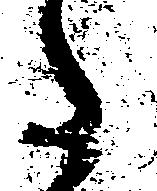
た